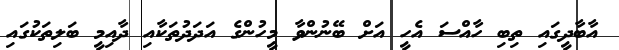
އާބާދީގައި ތިބި ހާއްސަ އެހީ އަށް ބޭނުންވާ މީހުންގެ އަދަދުތަކާއި ދާއިމީ ބަލިތަކުގައި